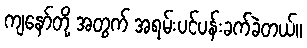
ကျနော်တို့ အတွက် အရမ်းပင်ပန်းခက်ခဲတယ်။